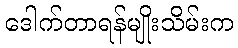
ဒေါက်တာရန်မျိုးသိမ်းက